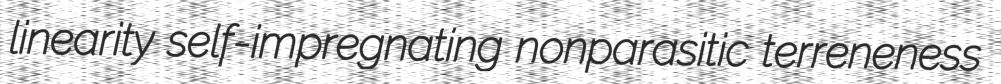
linearity self-impregnating nonparasitic terreneness